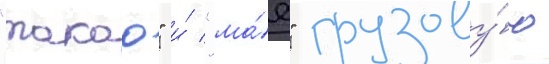
"такао" и́ "ма́е" грузову́ю